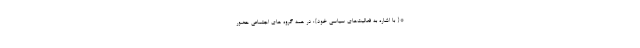
*{ با اشاره به فعالیت‌های سیاسی خود}: در همه گروه های اجتماعی حضور